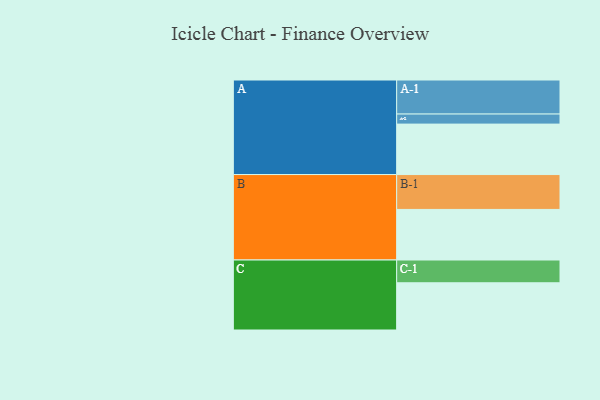
{"axis": {"x": "Segment", "y": "Value"}, "legend": ["", "A", "B", "C"], "data": [{"x": "A", "y": 421, "type": ""}, {"x": "B", "y": 422, "type": ""}, {"x": "C", "y": 394, "type": ""}, {"x": "A-1", "y": 284, "type": "A"}, {"x": "A-2", "y": 84, "type": "A"}, {"x": "B-1", "y": 291, "type": "B"}, {"x": "C-1", "y": 190, "type": "C"}]}